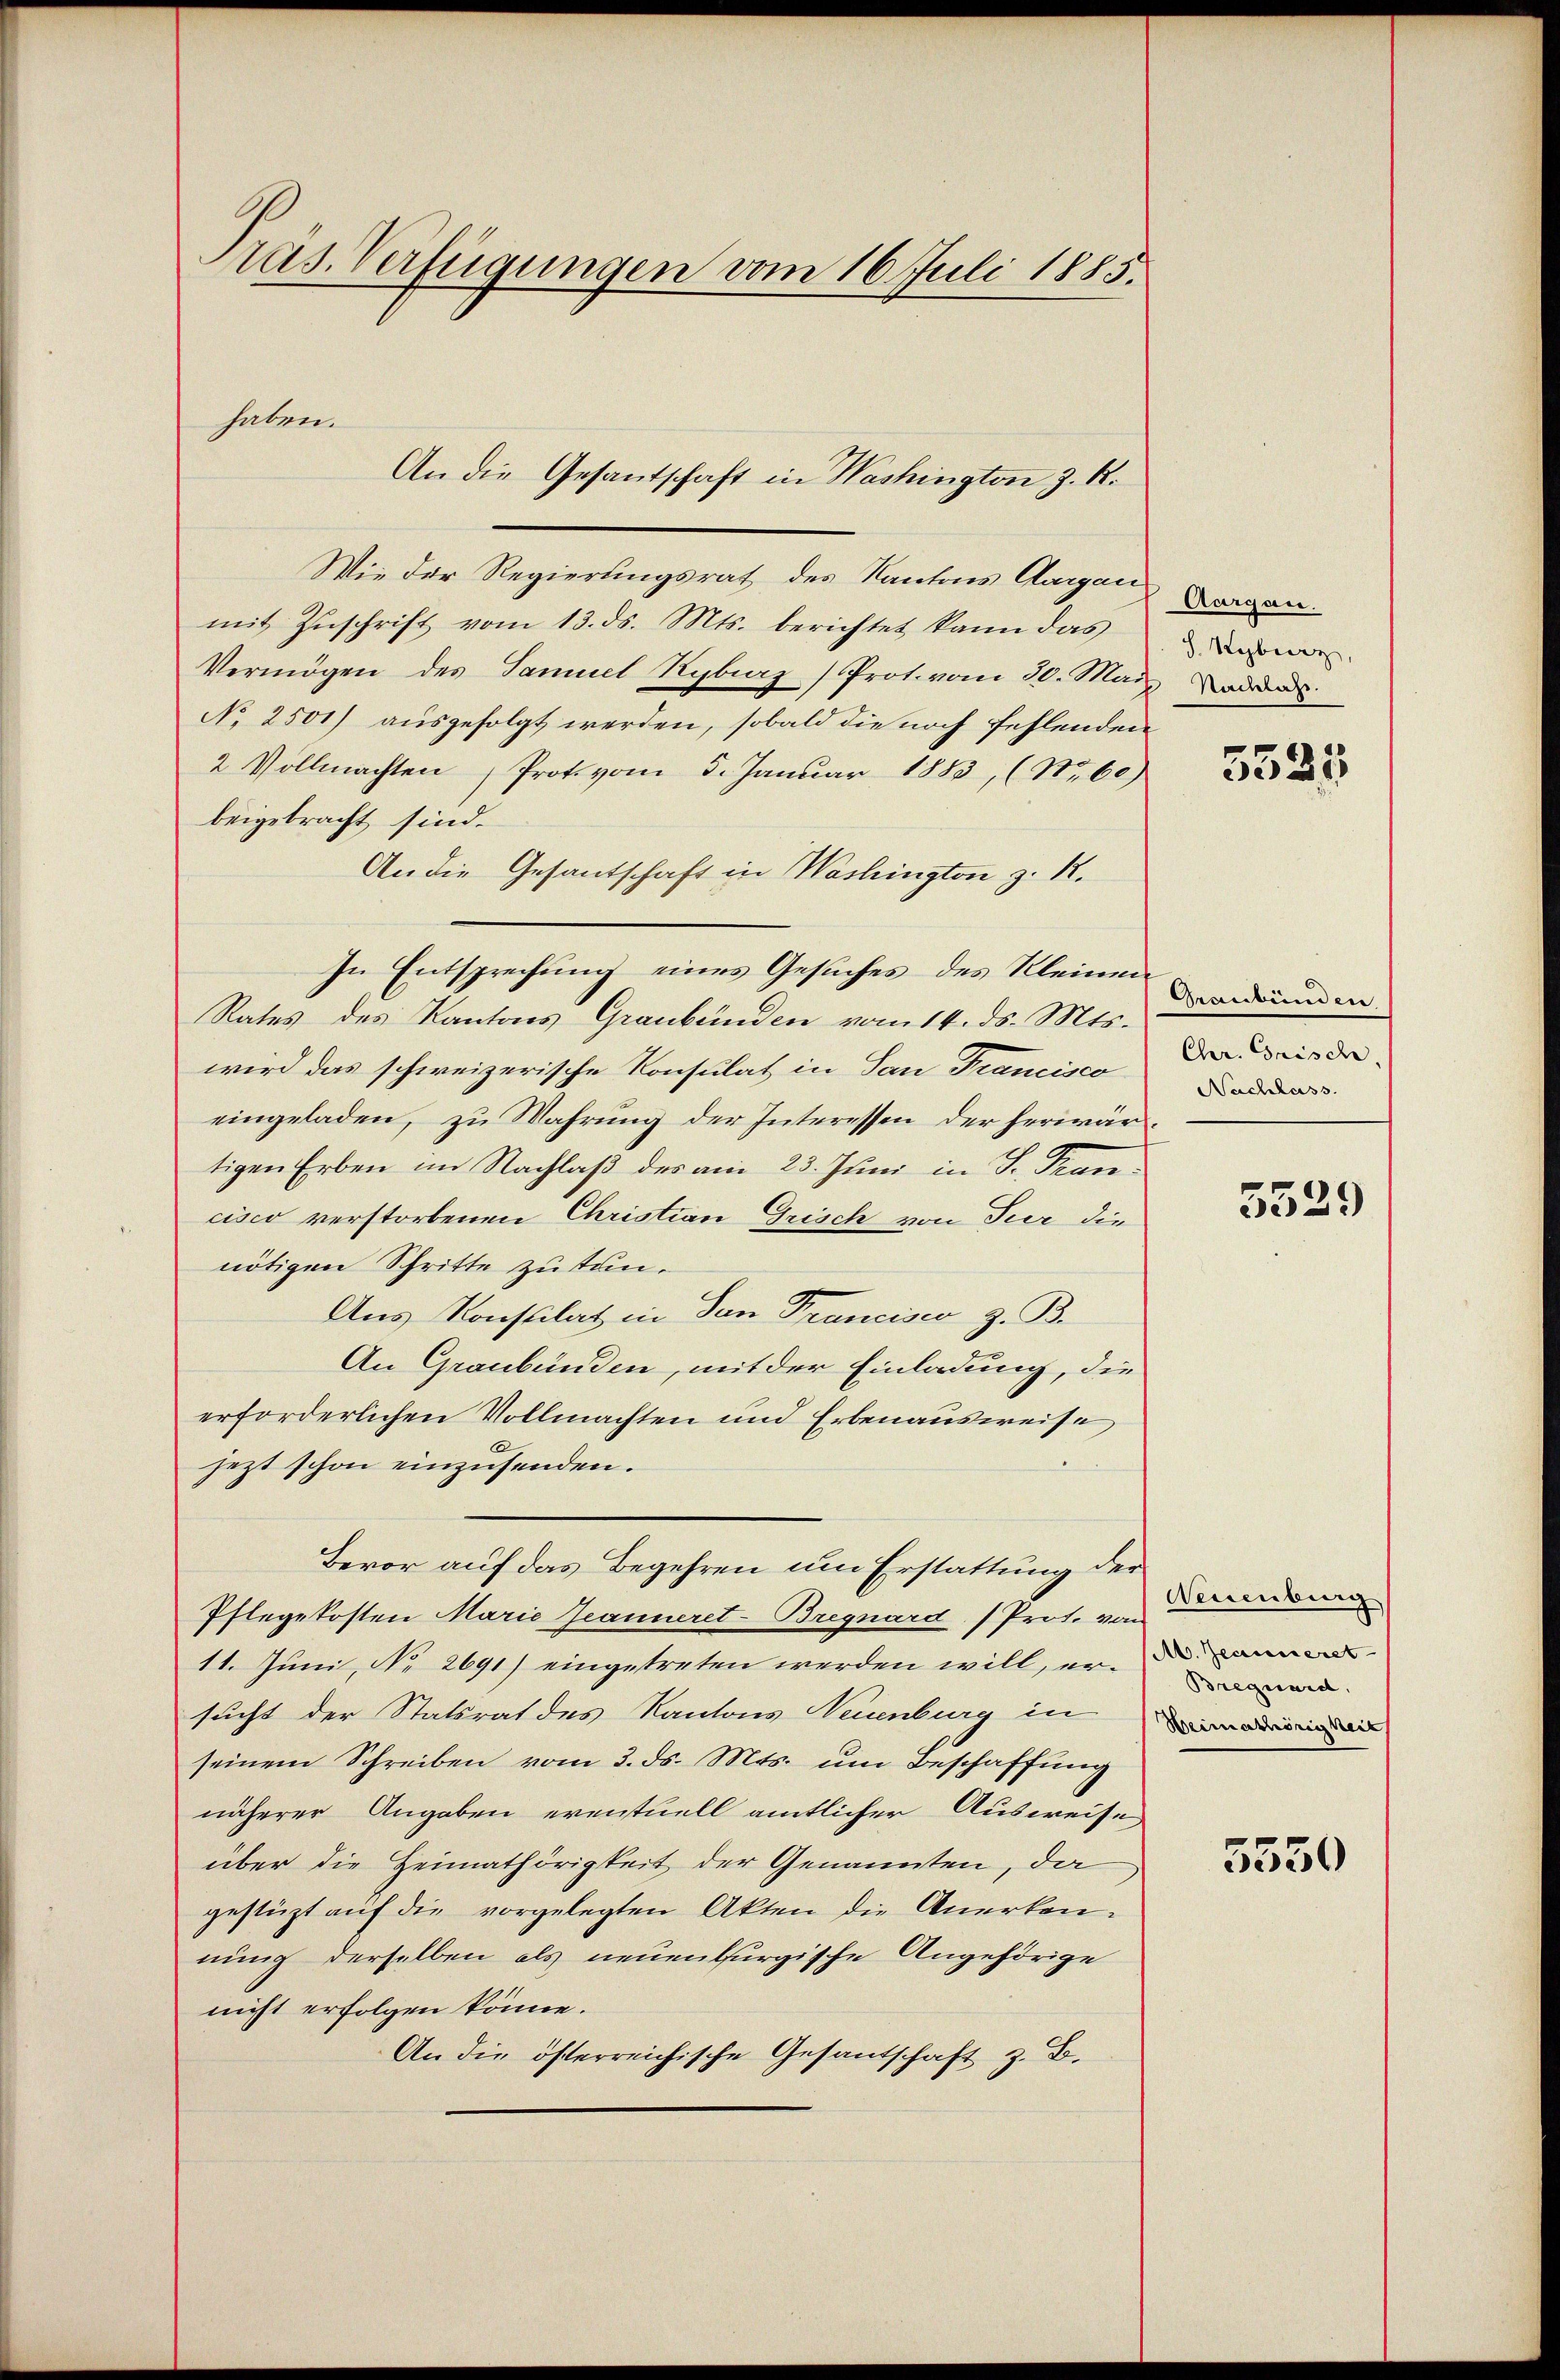
Pras. Verfügungen vom 16. Juli 1885.

Wie der Regierungsrath des Kantons Aargau Lorgan
mit Zŭschrift vom 13. ds. Mts. berichtet kann das
Vermögen des Samuel Rybraz (Prot. vom 30. März an
No 2501) ausgefolgt werden, sobald die noch fehlenden
2 Vollmachten Prot vom 5. Januar 1883, (N.60)
beigebracht sind.
An die Gesantschaft in Washington z. R.
In Entsprechung eines Gesuches des Kleinen
Rates des Kantons Graubünden vom 14. ds. Mts.
wird das schweizerische Konsulat in San Francisco
eingeladen, zu Wahrung der Interessen der herwärtigen Erben im Nachlaß des am 23. Juni in S. Trancisco verstorbenen Christian Grisch von Tur die
nötigen Schritte zu tun.
Aus Konstilat in San Francisco z. B.
An Graubünden, mit der Einladung, die
erforderlichen Vollmachten und Erbenausweise
jezt schon einzusenden.
Bevor auf das Begehren um Erstattung der
Pflegekosten Marie Jeanneret-Bregnard (Prot. von
11. Juni, No. 2691) eingetreten werden will, er-
sucht der Statsrat des Kantons Neuenburg in den
seinem Schreiben vom 3. ds. Mts. um Beschaffung
näherer Angaben eventuell amtlicher Ausweise,
über die Heimathörigkeit der Genannten, da
gestüzt auf die vorgelegten Akten die Anerkennung derselben als neuenburgische Angehörige
nicht erfolgen könne.
An die österreichische Gesantschaft z. B.

haben.
An die Gesandschaft in Washington z. R.

S. Syberz

5525

Graubünden
Chr. Grisch.
Nachlass.

5529

Neuenburg
Brequard,

5550